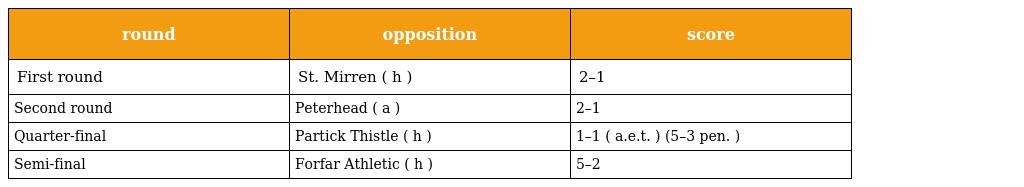
| round | opposition | score |
 | --- | --- | --- |
 | First round | St. Mirren ( h ) | 2–1 |
 | Second round | Peterhead ( a ) | 2–1 |
 | Quarter-final | Partick Thistle ( h ) | 1–1 ( a.e.t. ) (5–3 pen. ) |
 | Semi-final | Forfar Athletic ( h ) | 5–2 |